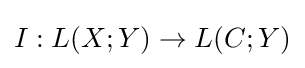
I:L(X;Y)\to L(C;Y)